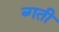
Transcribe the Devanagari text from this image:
ब्गती